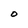
Character: O